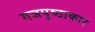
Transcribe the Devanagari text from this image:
गजपृष्ठाकार